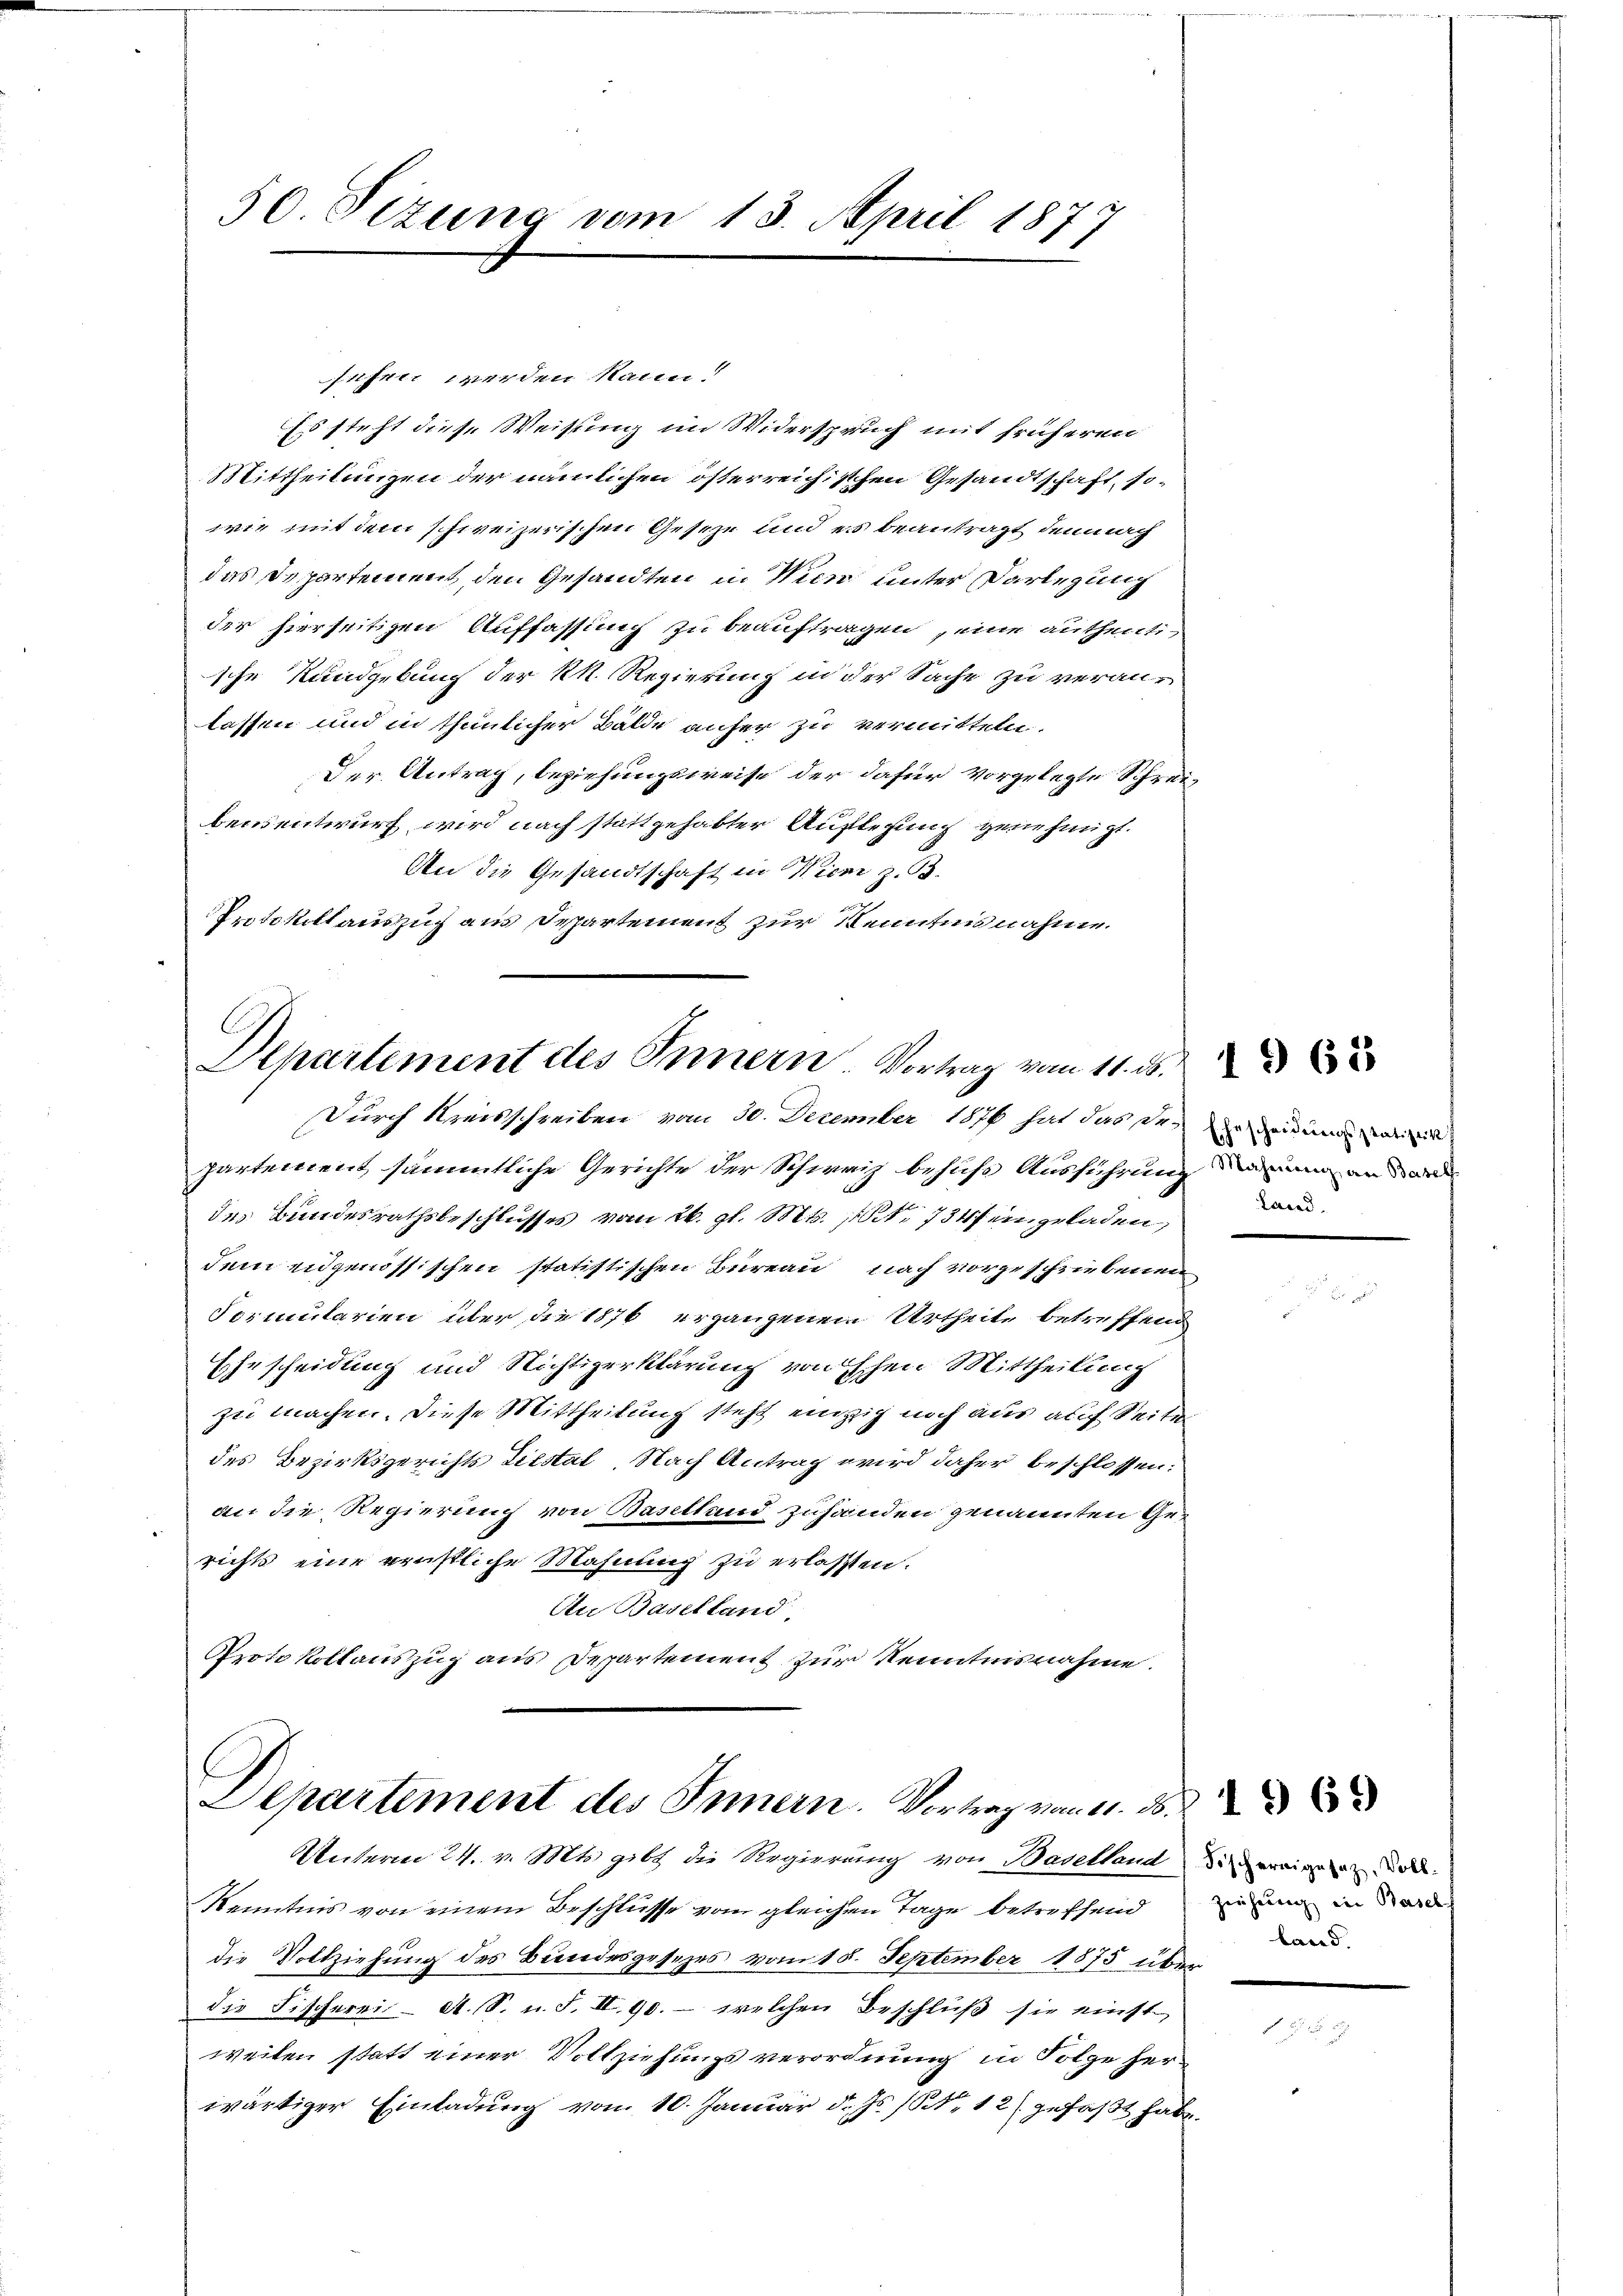
50 Sizung vom 13. April 1877

sehen werden kann.
Es steht diese Weisung im Widerspruch mit früheren
Mittheilungen der nämlichen österreichischen Gesandtschaft, so-
wie mit dem schweizerischen Geseze und es beantragt demnach
das Departement den Gesandten in Wien unter Darlegung
der hierseitigen Auffassung zu beauftragen eine authentische Kundgebung der kk. Regierung in der Sache zu veranlassen und in thunlicher Bälde anher zu vermitteln.
Der Antrag, beziehungsweise der dafür vorgelegte Schreibeinsentwurf wird nach stattgehabter Auflegung genehmigt.
An die Gesandtschaft in Wien z. B.

Protokollauszug aus Departement zur Kenntnisnahme.

C.
Departement des Innern Vortrag vom 11. ds.
Durch Kreisschreiben vom 30. December 1876 hat das der ein und wenn |

partement sämmtliche Gerichte der Schweiz behufs Ausführung an und an
des Bundesrathsbeschlusses vom 26. gl. Mts. 1. 734 fin geladen,
dem eidgenössischen statistischen Bureau nach vorgeschriebenen
Sormularien über die 1876 ergangenem Urtheile betreffend
Ehescheidung und Nichtigerklärung von schen Mittheilung
zu machen. Diese Mittheilung steht einzig noch aus auf Seiten
des Bezirksgerichts Liestal, Nach Antrag wird daher beschlossen.
an die Regierung von Baselland zuhanden genannten Gerichts eine ernstliche Mahnung zu erlasten.
Au Baselland,
Protokollauszug aus Departement zur Kenntnisnahme.

Departement des Innern. Vortrag von 11. 3.

Unterm 24. v. Mts. gibt die Regierung von Baselland die weigen der
Kenntnis von einem Beschlüsse vom gleichen Tage betreffend ziemen in der
die Vollziehung des Bundesgesezes vom 18. September 1875 über
die Fischerei A. S. u. F. II. 90. - welchen Beschluß sie einst
weilen statt einer Vollziehungsverordnung in Folge herwärtiger Einladung von 10. Januar d. Js. 1. 12. gefaßt habe.

Land.

land.

1969